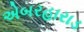
એબરહારાડ